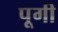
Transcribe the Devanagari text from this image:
पूगी